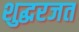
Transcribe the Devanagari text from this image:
शुद्धरजत